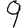
Digit: 9